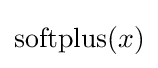
\operatorname {softplus} (x)